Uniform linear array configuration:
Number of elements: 8
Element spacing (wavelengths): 0.5
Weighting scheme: kaiser
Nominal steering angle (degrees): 60
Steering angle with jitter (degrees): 61.991
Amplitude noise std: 0.05
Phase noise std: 0.05

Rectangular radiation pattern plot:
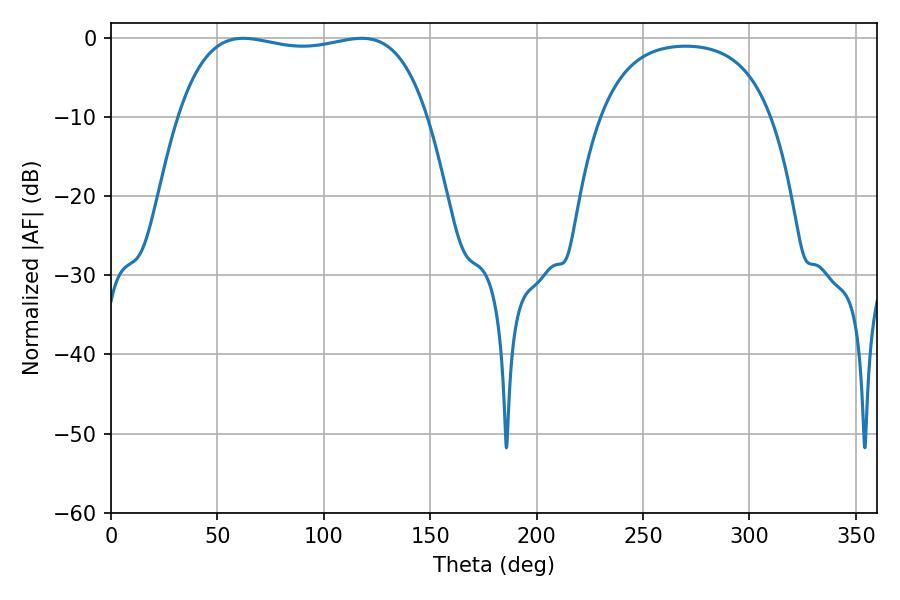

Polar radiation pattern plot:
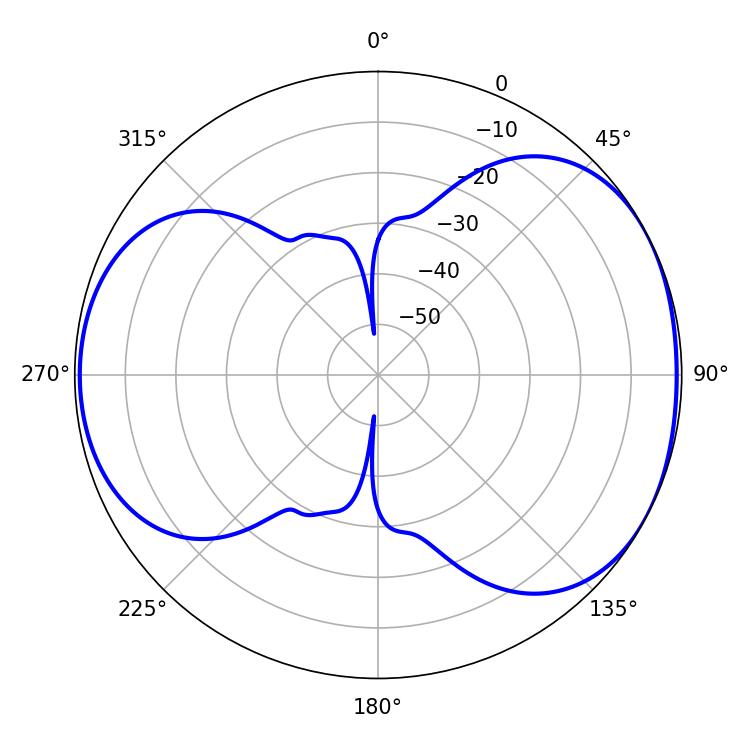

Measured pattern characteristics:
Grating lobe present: FALSE
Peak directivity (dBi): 4.989
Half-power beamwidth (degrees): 93.96
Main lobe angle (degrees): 62.1